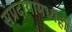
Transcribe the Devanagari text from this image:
संप्रदायामध्येही